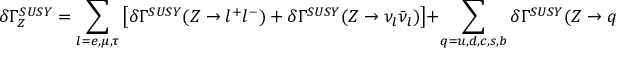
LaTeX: \delta \Gamma _ { Z } ^ { S U S Y } = \sum _ { l = e , \mu , \tau } \left[ \delta \Gamma ^ { S U S Y } ( Z \rightarrow l ^ { + } l ^ { - } ) + \delta \Gamma ^ { S U S Y } ( Z \rightarrow \nu _ { l } \bar { \nu } _ { l } ) \right] + \sum _ { q = u , d , c , s , b } \delta \Gamma ^ { S U S Y } ( Z \rightarrow q \bar { q } )